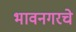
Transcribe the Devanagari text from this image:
भावनगरचे